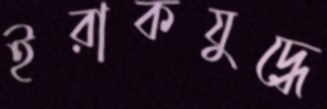
ইরাকযুদ্ধে